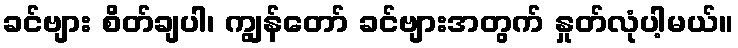
ခင်ဗျား စိတ်ချပါ၊ ကျွန်တော် ခင်ဗျားအတွက် နှုတ်လုံပါ့မယ်။